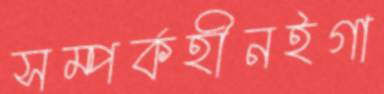
সম্পর্কহীনইগা